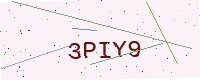
Text: 3PIY9